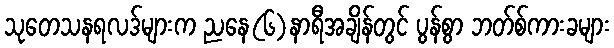
သုတေသနရလဒ်များက ညနေ(၆)နာရီအချိန်တွင် ပွန်စွာ ဘတ်စ်ကားခများ